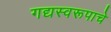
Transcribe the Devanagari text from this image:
गद्यस्वरूपाचे